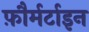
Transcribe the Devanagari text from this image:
फ़ौर्मर्टाइन